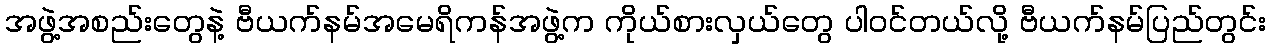
အဖွဲ့အစည်းတွေနဲ့ ဗီယက်နမ်အမေရိကန်အဖွဲ့က ကိုယ်စားလှယ်တွေ ပါဝင်တယ်လို့ ဗီယက်နမ်ပြည်တွင်း